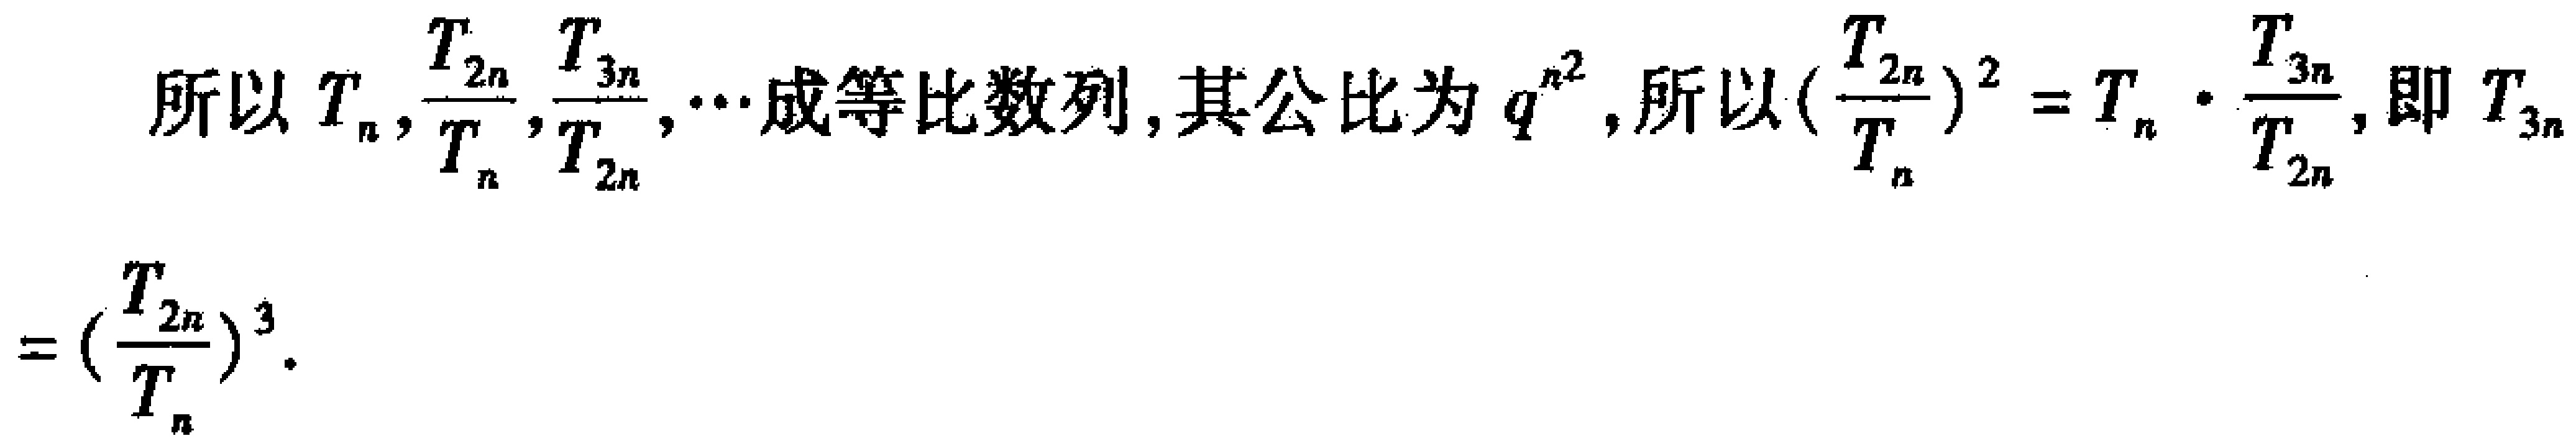
所以 \(T_{n},\frac{T_{2n}}{T_{n}},\frac{T_{3n}}{T_{2n}},\cdots\) 成等比数列, 其公比为 \(q^{n^{2}}\), 所以 \((\frac{T_{2n}}{T_{n}})^{2}=T_{n}\cdot\frac{T_{3n}}{T_{2n}}\), 即 \(T_{3n}=(\frac{T_{2n}}{T_{n}})^{3}\).